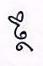
ថ្ថ